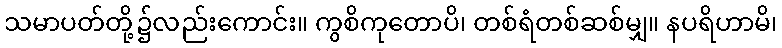
သမာပတ်တို့၌လည်းကောင်း။ ကွစိကုတောပိ၊ တစ်ရံတစ်ဆစ်မျှ။ နပရိဟာမိ၊